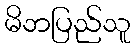
မိဘပြည်သူ